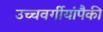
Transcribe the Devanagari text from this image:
उच्चवर्गीयांपैकी